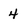
Character: 4